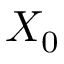
X _ { 0 }